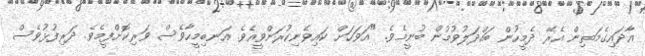
އާދައިގެމަތިން އެރޭ ދެމީހުން ބައްދަލުވުމުން ބުނީމެވެ. "އަވަހަށް ކައިވެނިކުރަންވީއެވެ. އަނބިމީހާވެސް ވަރިކޮށްފީމެވެ. ދަރިފުޅުވެސް